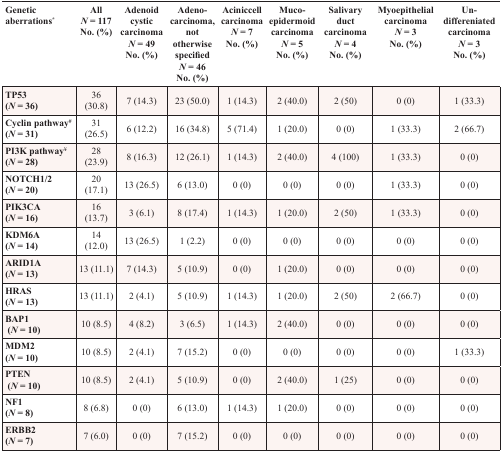
<table><thead><tr><td><b>Genetic aberrations*</b></td><td><b>All <i>N</i> = 117 No. (%)</b></td><td><b>Adenoid cystic carcinoma <i>N</i> = 49 No. (%)</b></td><td><b>Adeno-carcinoma, not otherwise specified <i>N</i> = 46 No. (%)</b></td><td><b>Aciniccell carcinoma <i>N</i> = 7 No. (%)</b></td><td><b>Muco-epidermoid carcinoma <i>N</i> = 5 No. (%)</b></td><td><b>Salivary duct carcinoma <i>N</i> = 4 No. (%)</b></td><td><b>Myoepithelial carcinoma <i>N</i> = 3 No. (%)</b></td><td><b>Un-differeniated carcinoma <i>N</i> = 3 No. (%)</b></td></tr></thead><tbody><tr><td><b>TP53 (<i>N</i> = 36)</b></td><td>36 (30.8)</td><td>7 (14.3)</td><td>23 (50.0)</td><td>1 (14.3)</td><td>2 (40.0)</td><td>2 (50)</td><td>0 (0)</td><td>1 (33.3)</td></tr><tr><td><b>Cyclin pathway</b><sup>#</sup><b>(<i>N</i> = 31)</b></td><td>31 (26.5)</td><td>6 (12.2)</td><td>16 (34.8)</td><td>5 (71.4)</td><td>1 (20.0)</td><td>0 (0)</td><td>1 (33.3)</td><td>2 (66.7)</td></tr><tr><td><b>PI3K pathway</b><sup>¥</sup><b>(<i>N</i> = 28)</b></td><td>28 (23.9)</td><td>8 (16.3)</td><td>12 (26.1)</td><td>1 (14.3)</td><td>2 (40.0)</td><td>4 (100)</td><td>1 (33.3)</td><td>0 (0)</td></tr><tr><td><b>NOTCH1/2 (<i>N</i> = 20)</b></td><td>20 (17.1)</td><td>13 (26.5)</td><td>6 (13.0)</td><td>0 (0)</td><td>0 (0)</td><td>0 (0)</td><td>1 (33.3)</td><td>0 (0)</td></tr><tr><td><b>PIK3CA (<i>N</i> = 16)</b></td><td>16 (13.7)</td><td>3 (6.1)</td><td>8 (17.4)</td><td>1 (14.3)</td><td>1 (20.0)</td><td>2 (50)</td><td>1 (33.3)</td><td>0 (0)</td></tr><tr><td><b>KDM6A (<i>N</i> = 14)</b></td><td>14 (12.0)</td><td>13 (26.5)</td><td>1 (2.2)</td><td>0 (0)</td><td>0 (0)</td><td>0 (0)</td><td>0 (0)</td><td>0 (0)</td></tr><tr><td><b>ARID1A (<i>N</i> = 13)</b></td><td>13 (11.1)</td><td>7 (14.3)</td><td>5 (10.9)</td><td>0 (0)</td><td>1 (20.0)</td><td>0 (0)</td><td>0 (0)</td><td>0 (0)</td></tr><tr><td><b>HRAS (<i>N</i> = 13)</b></td><td>13 (11.1)</td><td>2 (4.1)</td><td>5 (10.9)</td><td>1 (14.3)</td><td>1 (20.0)</td><td>2 (50)</td><td>2 (66.7)</td><td>0 (0)</td></tr><tr><td><b>BAP1 (<i>N</i> = 10)</b></td><td>10 (8.5)</td><td>4 (8.2)</td><td>3 (6.5)</td><td>1 (14.3)</td><td>2 (40.0)</td><td>0 (0)</td><td>0 (0)</td><td>0 (0)</td></tr><tr><td><b>MDM2 (<i>N</i> = 10)</b></td><td>10 (8.5)</td><td>2 (4.1)</td><td>7 (15.2)</td><td>0 (0)</td><td>0 (0)</td><td>0 (0)</td><td>0 (0)</td><td>1 (33.3)</td></tr><tr><td><b>PTEN (<i>N</i> = 10)</b></td><td>10 (8.5)</td><td>2 (4.1)</td><td>5 (10.9)</td><td>0 (0)</td><td>2 (40.0)</td><td>1 (25)</td><td>0 (0)</td><td>0 (0)</td></tr><tr><td><b>NF1 (<i>N</i> = 8)</b></td><td>8 (6.8)</td><td>0 (0)</td><td>6 (13.0)</td><td>1 (14.3)</td><td>1 (20.0)</td><td>0 (0)</td><td>0 (0)</td><td>0 (0)</td></tr><tr><td><b>ERBB2 (<i>N</i> = 7)</b></td><td>7 (6.0)</td><td>0 (0)</td><td>7 (15.2)</td><td>0 (0)</td><td>0 (0)</td><td>0 (0)</td><td>0 (0)</td><td>0 (0)</td></tr></tbody></table>